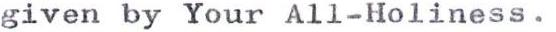
given by Your All-Holiness.